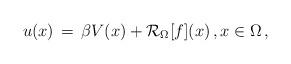
LaTeX: \begin{align*}u(x) \, =\, \beta V(x) + \mathcal{R}_\Omega [f](x)\,, x\in \Omega\,,\end{align*}